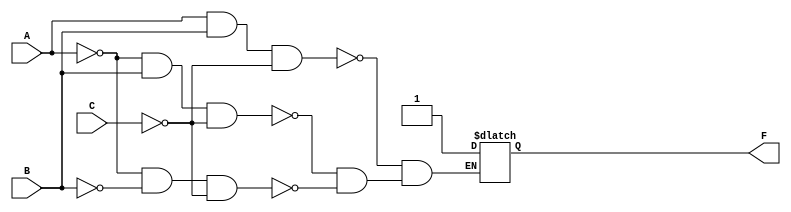
module SystemX(output reg F, 
               input wire A,B,C);
  
	always @(A,B,C)
		begin
          if (A==1'b0 && B==1'b0 && C==1'b0)
				F=1'b1;
          if (A==1'b0 && B==1'b1 && C==1'b0)
				F=1'b1;
          if (A==1'b1 && B==1'b1 && C==1'b0)
				F=1'b1;
		end
  
endmodule